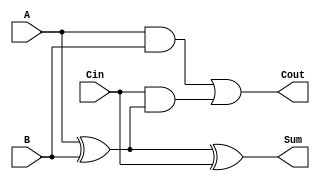
module full_adder(
    input  wire A,
    input  wire B,
    input  wire Cin,
    output wire Sum,
    output wire Cout
);
    // Sum and carry output
    assign Sum = A ^ B ^ Cin;               // Sum = A XOR B XOR Cin
    assign Cout = (A & B) | (Cin & (A ^ B)); // Cout = (A AND B) OR (Cin AND (A XOR B))
endmodule